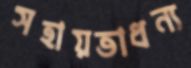
সহায়তাধন্য